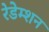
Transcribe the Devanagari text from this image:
रेडेम्शन